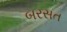
બરસત